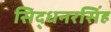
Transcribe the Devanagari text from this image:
सिद्धनरसिंह